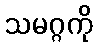
သမဂ္ဂကို